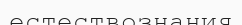
естествознания